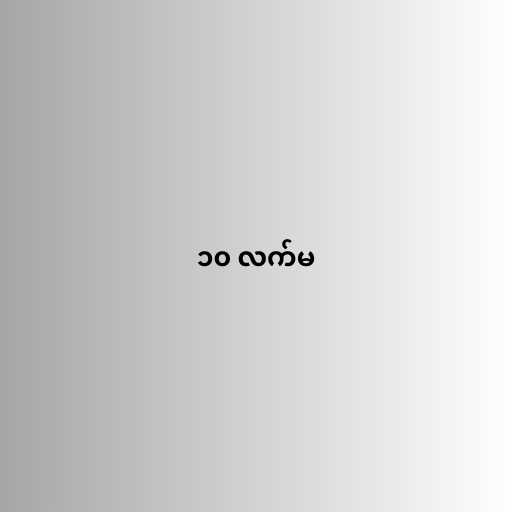
၁၀ လက်မ